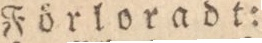
Förloradt: